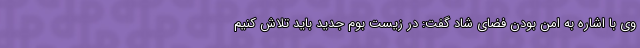
وی با اشاره به امن بودن فضای شاد گفت: در زیست بوم جدید باید تلاش کنیم